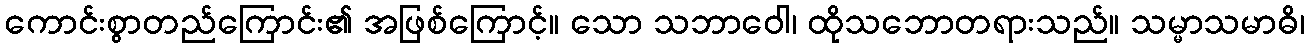
ကောင်းစွာတည်ကြောင်း၏ အဖြစ်ကြောင့်။ သော သဘာဝေါ၊ ထိုသဘောတရားသည်။ သမ္မာသမာဓိ၊